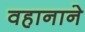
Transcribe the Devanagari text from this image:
वहानाने